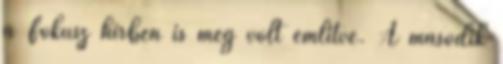
a Fokusz hirben is meg volt emlitve. A masodik